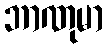
ဘာဏုမာ